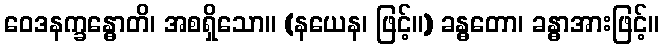
ဝေဒနက္ခန္ဓောတိ၊ အစရှိသော။ (နယေန၊ ဖြင့်။) ခန္ဓတော၊ ခန္ဓာအားဖြင့်။